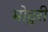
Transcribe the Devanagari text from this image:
मोटुरी